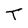
Character: T